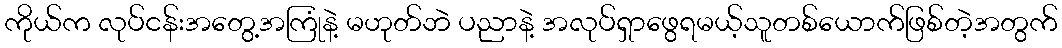
ကိုယ်က လုပ်ငန်းအတွေ့အကြုံနဲ့ မဟုတ်ဘဲ ပညာနဲ့ အလုပ်ရှာဖွေရမယ့်သူတစ်ယောက်ဖြစ်တဲ့အတွက်